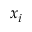
x _ { i }